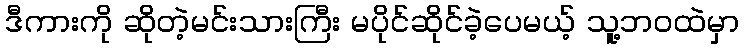
ဒီကားကို ဆိုတဲ့မင်းသားကြီး မပိုင်ဆိုင်ခဲ့ပေမယ့် သူ့ဘဝထဲမှာ